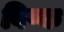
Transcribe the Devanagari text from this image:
विष्क